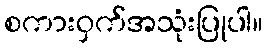
စကားဝှက်အသုံးပြုပါ။